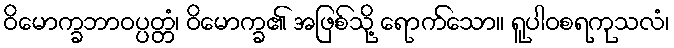
ဝိမောက္ခဘာဝပ္ပတ္တံ၊ ဝိမောက္ခ၏ အဖြစ်သို့ ရောက်သော။ ရူပါဝစရကုသလံ၊